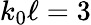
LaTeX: k_{0}\ell=3